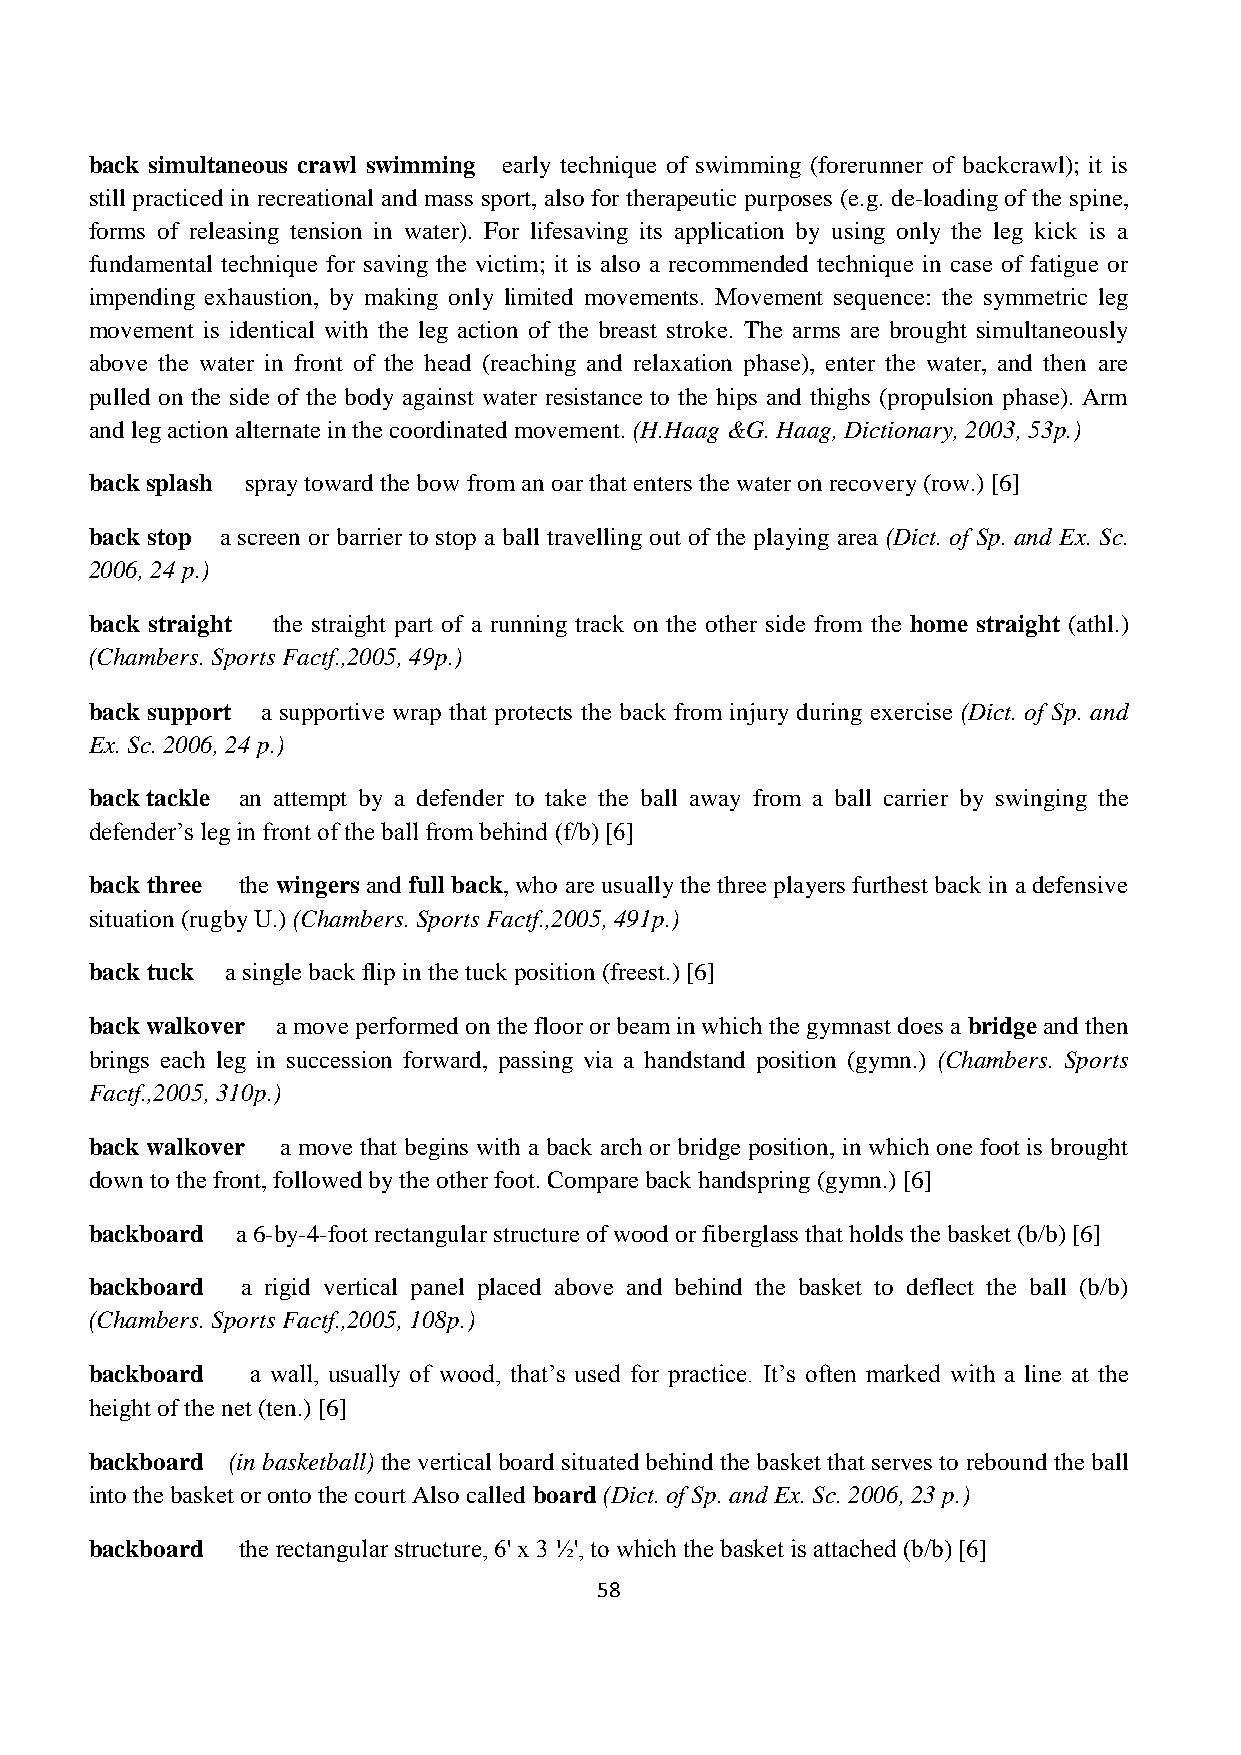
back simultaneous crawl swimming early technique of swimming (forerunner of backcrawl); it is
 still practiced in recreational and mass sport, also for therapeutic purposes (e.g. de-loading of the spine,
 forms of releasing tension in water). For lifesaving its application by using only the leg kick is a
 fundamental technique for saving the victim; it is also a recommended technique in case of fatigue or
 impending exhaustion, by making only limited movements. Movement sequence: the symmetric leg
 movement is identical with the leg action of the breast stroke. The arms are brought simultaneously
 above the water in front of the head (reaching and relaxation phase), enter the water, and then are
 pulled on the side of the body against water resistance to the hips and thighs (propulsion phase). Arm
 and leg action alternate in the coordinated movement. (H.Haag &G. Haag, Dictionary, 2003, 53p.)
 back splash spray toward the bow from an oar that enters the water on recovery (row.) [6]
 back stop a screen or barrier to stop a ball travelling out of the playing area (Dict. of Sp. and Ex. Sc.
 2006, 24 p.)
 back straight the straight part of a running track on the other side from the home straight (athl.)
 (Chambers. Sports Factf.,2005, 49p.)
 back support a supportive wrap that protects the back from injury during exercise (Dict. of Sp. and
 Ex. Sc. 2006, 24 p.)
 back tackle an attempt by a defender to take the ball away from a ball carrier by swinging the
 defender’s leg in front of the ball from behind (f/b) [6]
 back three the wingers and full back, who are usually the three players furthest back in a defensive
 situation (rugby U.) (Chambers. Sports Factf.,2005, 491p.)
 back tuck a single back flip in the tuck position (freest.) [6]
 back walkover a move performed on the floor or beam in which the gymnast does a bridge and then
 brings each leg in succession forward, passing via a handstand position (gymn.) (Chambers. Sports
 Factf.,2005, 310p.)
 back walkover a move that begins with a back arch or bridge position, in which one foot is brought
 down to the front, followed by the other foot. Compare back handspring (gymn.) [6]
 backboard a 6-by-4-foot rectangular structure of wood or fiberglass that holds the basket (b/b) [6]
 backboard a rigid vertical panel placed above and behind the basket to deflect the ball (b/b)
 (Chambers. Sports Factf.,2005, 108p.)
 backboard  a wall, usually of wood, that’s used for practice. It’s often marked with a line at the
 height of the net (ten.) [6]
 backboard (in basketball) the vertical board situated behind the basket that serves to rebound the ball
 into the basket or onto the court Also called board (Dict. of Sp. and Ex. Sc. 2006, 23 p.)
 backboard the rectangular structure, 6' x 3 ½', to which the basket is attached (b/b) [6]
 58